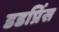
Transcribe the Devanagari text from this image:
डडप्रिंस